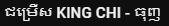
ជម្រើស KING CHI - ធុញ